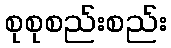
စုစုစည်းစည်း